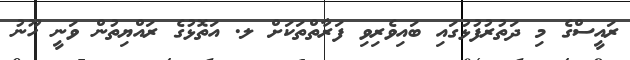
ރައީސްގެ މި ދަތުރުފުޅުގައި ބައިވެރިވި ފަރާތްތަކަށް ލ. އަތޮޅުގެ ރައްޔިތުން ވަނީ ހޫނު